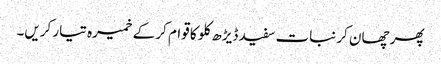
پھر چھان کر نبات سفید ڈیڑھ کلو کا قوام کر کے خمیرہ تیار کریں۔